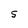
Character: S